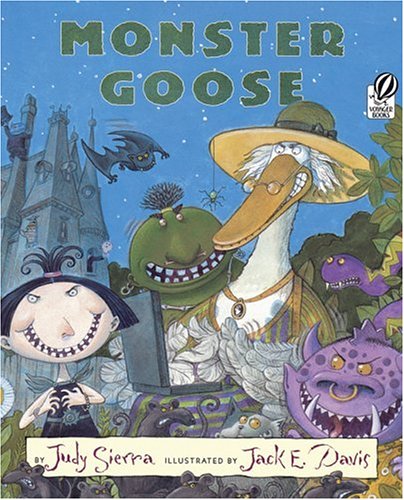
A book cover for Monster Goose; Judy Sierra; Children's Books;